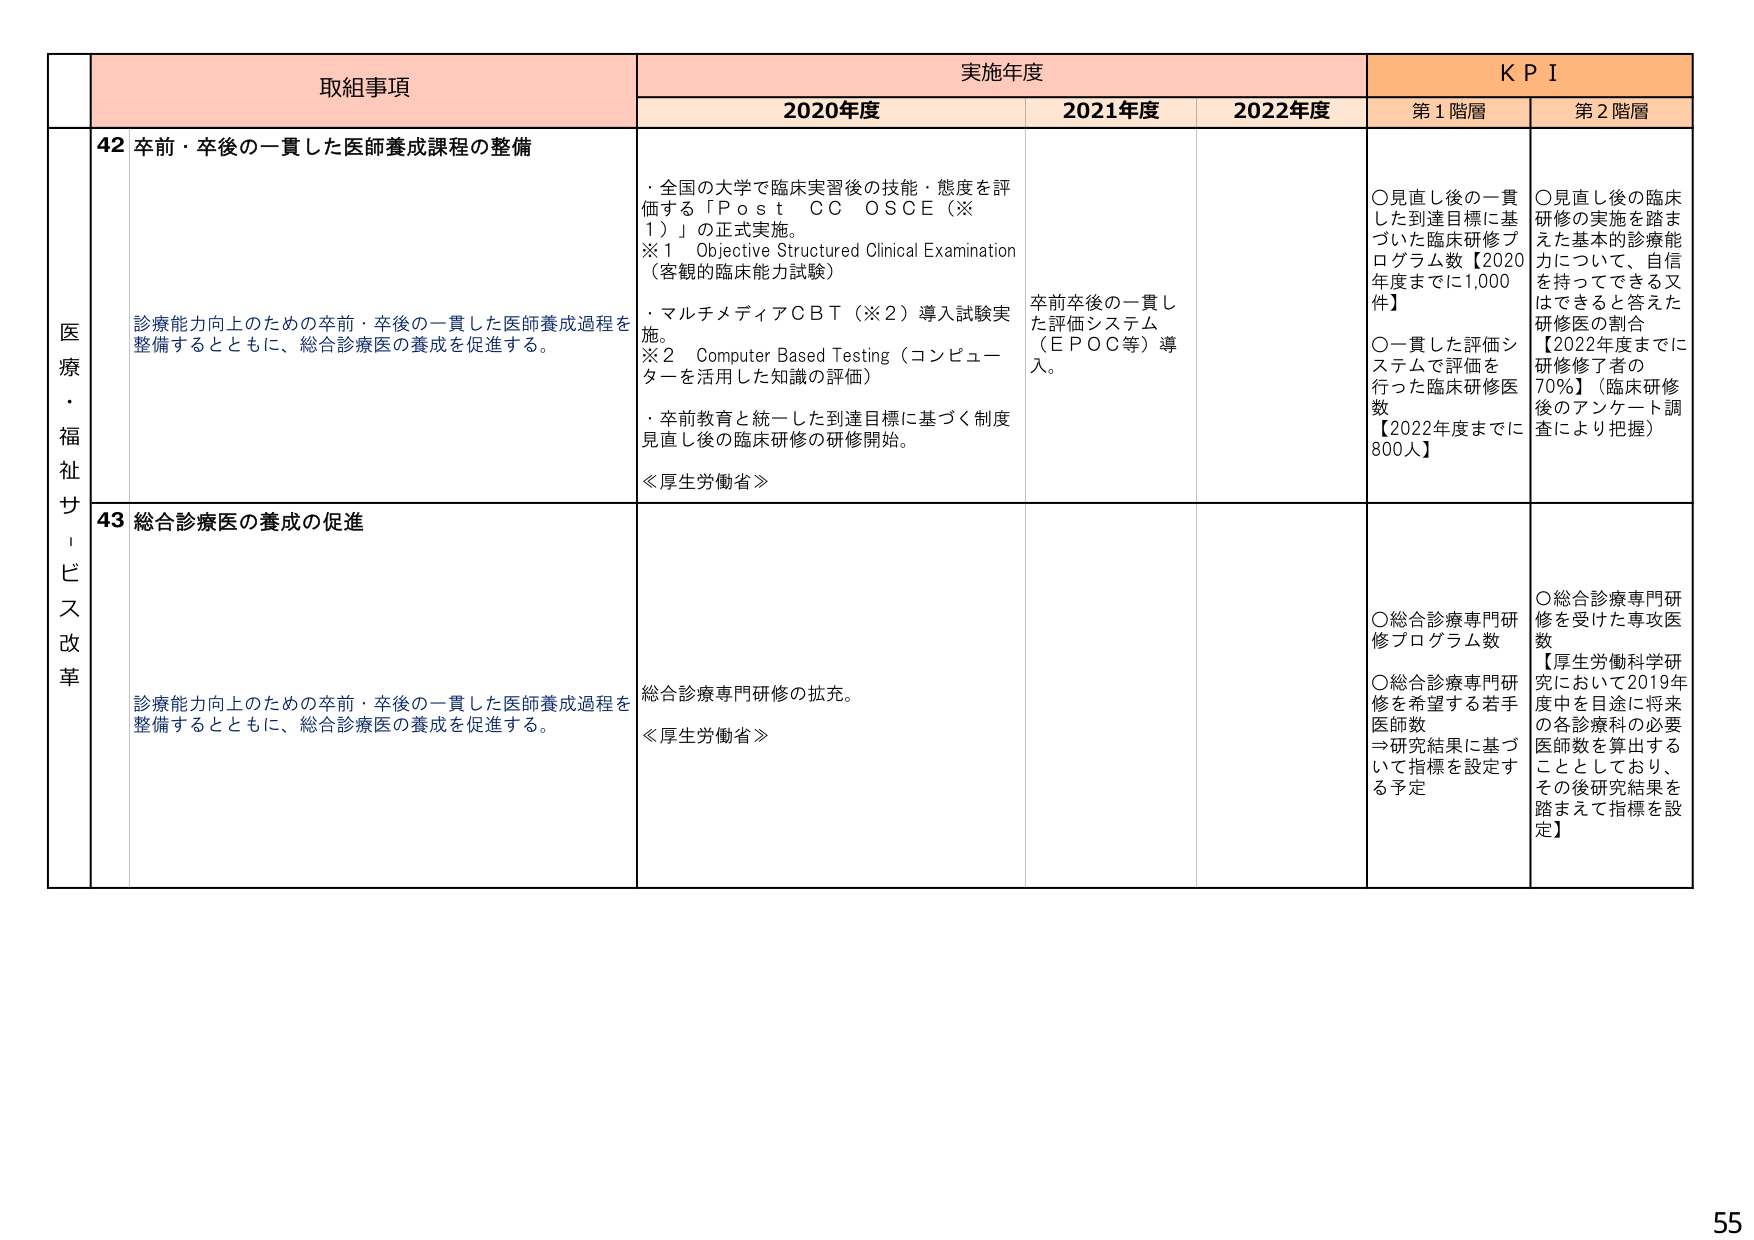
医療・福祉サービス改革

取組事項
実施年度
KPI

2020年度
2021年度
2022年度
第1階層
第2階層

42 卒前・卒後の一貫した医師養成課程の整備
診療能力向上のための卒前・卒後の一貫した医師養成過程を整備するとともに、総合診療医の養成を促進する。

・全国の大学で臨床実習後の技能・態度を評価する「Post CC OSCE（※1）」の正式実施。
※1 Objective Structured Clinical Examination（客観的臨床能力試験）
・マルチメディアCBT（※2）導入試験実施。
※2 Computer Based Testing（コンピューターを活用した知識の評価）
・卒前教育と統一した到達目標に基づく制度見直し後の臨床研修の研修開始。
≪厚生労働省≫

卒前卒後の一貫した評価システム（EPOC等）導入。

○見直し後の一貫した到達目標に基づいた臨床研修プログラム数【2020年度までに1,000件】
○一貫した評価システムで評価を行った臨床研修医数【2022年度までに800人】

○見直し後の臨床研修の実施を踏まえた基本的診療能力について、自信を持ってできる又はできると答えた研修医の割合【2022年度までに研修修了者の70%】（臨床研修後のアンケート調査により把握）

43 総合診療医の養成の促進
診療能力向上のための卒前・卒後の一貫した医師養成過程を整備するとともに、総合診療医の養成を促進する。

総合診療専門研修の拡充。
≪厚生労働省≫

○総合診療専門研修プログラム数
○総合診療専門研修を希望する若手医師数
⇒研究結果に基づいて指標を設定する予定

○総合診療専門研修を受けた専攻医数
【厚生労働科学研究において2019年度中を目途に将来の各診療科の必要医師数を算出することとしており、その後研究結果を踏まえて指標を設定】

55